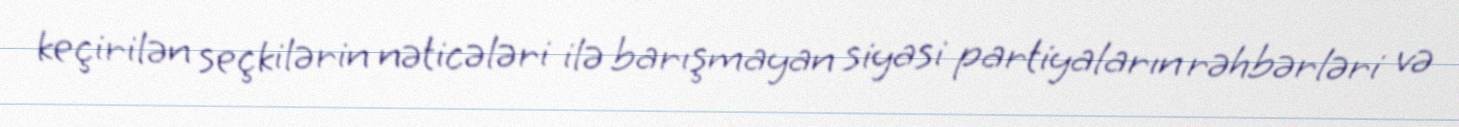
keçirilən seçkilərin nəticələri ilə barışmayan siyasi partiyaların rəhbərləri və